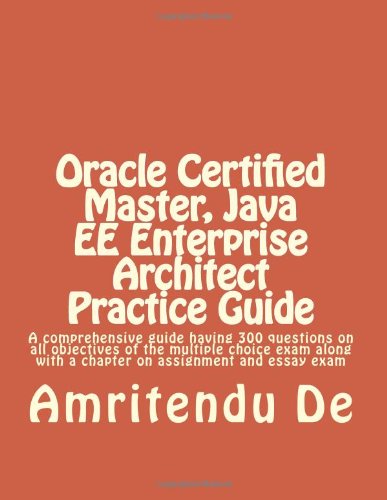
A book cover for Oracle Certified Master, Java EE Enterprise Architect Practice Guide: A comprehensive guide having 300 questions on all objectives of the multiple ... with a chapter on assignment and essay exam; Amritendu De; Computers & Technology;